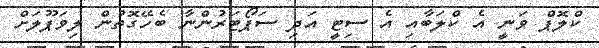
ކްލޮޕް ވަނީ އެ ކްލަބާއި އެ ސިޓީ އަދި ސަޕޯޓަރުންނާ ބެހޭގޮތުން ލިވަޕޫލަށް